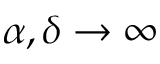
\alpha , \delta \rightarrow \infty